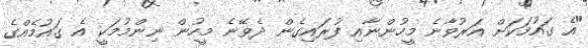
"އެ ގައުމަކަށް އަރުވާނެ މީހުންނާއި ފުރައިގެން ދެވޭނެ މީހުން ނިންމުމަކީ އެ ގައުމެއްގެ